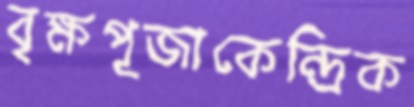
বৃক্ষপূজাকেন্দ্রিক